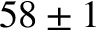
5 8 \pm 1